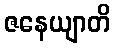
ဇနေယျာတိ